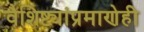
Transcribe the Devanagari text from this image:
वैशिष्ट्यांप्रमाणेही